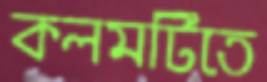
কলমটিতে